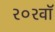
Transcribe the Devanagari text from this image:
२०२वॉ